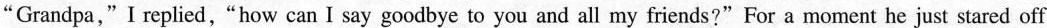
"Grandpa," I replied,"how can I say goodbye to you and all my friends?" For a moment he just stared off